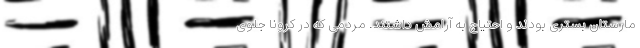
مارستان بستری بودند و احتیاج به آرامش داشتند. مردمی که در کرونا جلوی